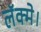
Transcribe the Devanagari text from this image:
लॅक्मे।